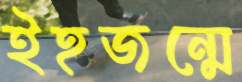
ইহজন্মে